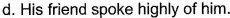
d.His friend spoke highly of him.